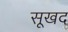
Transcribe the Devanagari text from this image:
सूखद